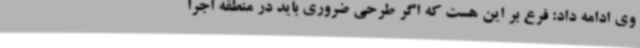
وی ادامه داد: فرع بر این هست که اگر طرحی ضروری باید در منطقه اجرا